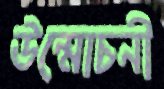
উন্মোচনী